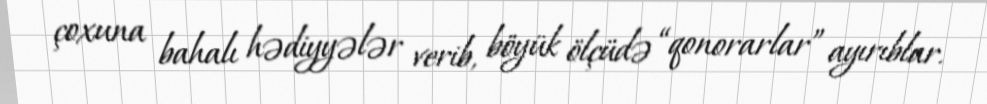
çoxuna bahalı hədiyyələr verib, böyük ölçüdə “qonorarlar” ayırıblar.